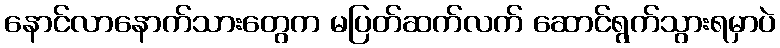
နောင်လာနောက်သားတွေက မပြတ်ဆက်လက် ဆောင်ရွက်သွားရမှာပဲ